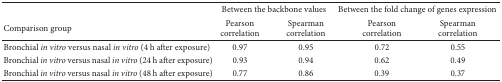
<table><thead><tr><td><b> </b></td><td colspan="2"><b>Between the backbone values</b></td><td colspan="2"><b>Between the fold change of genes expression</b></td></tr><tr><td><b>Comparison group</b></td><td><b>Pearson correlation</b></td><td><b>Spearman correlation</b></td><td><b>Pearson correlation</b></td><td><b>Spearman correlation</b></td></tr></thead><tbody><tr><td>Bronchial <i>in vitro</i> versus nasal <i>in vitro</i> (4 h after exposure)</td><td>0.97</td><td>0.95</td><td>0.72</td><td>0.55</td></tr><tr><td>Bronchial <i>in vitro</i> versus nasal <i>in vitro</i> (24 h after exposure) </td><td>0.93</td><td>0.94</td><td>0.62</td><td>0.49</td></tr><tr><td>Bronchial <i>in vitro</i> versus nasal <i>in vitro</i> (48 h after exposure)</td><td>0.77</td><td>0.86</td><td>0.39</td><td>0.37</td></tr></tbody></table>